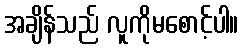
အချိန်သည် လူကိုမစောင့်ပါ။